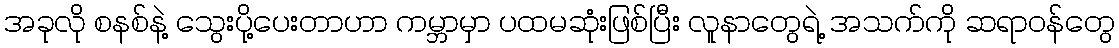
အခုလို စနစ်နဲ့ သွေးပို့ပေးတာဟာ ကမ္ဘာမှာ ပထမဆုံးဖြစ်ပြီး လူနာတွေရဲ့ အသက်ကို ဆရာဝန်တွေ